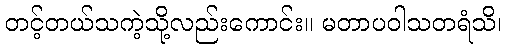
တင့်တယ်သကဲ့သို့လည်းကောင်း။ မတာပဝါသတရံသိ၊